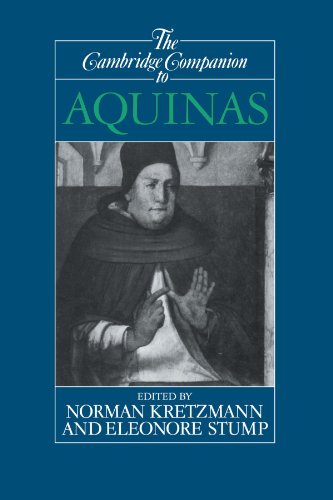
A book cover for The Cambridge Companion to Aquinas (Cambridge Companions to Philosophy); Politics & Social Sciences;